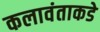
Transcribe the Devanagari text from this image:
कलावंताकडे